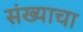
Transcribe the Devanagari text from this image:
संख्याचा